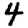
Digit: 4